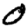
Digit: 0